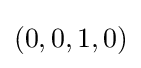
(0,0,1,0)